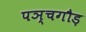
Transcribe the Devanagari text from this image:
पञ्चगौड़